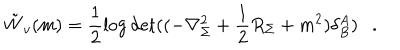
LaTeX: \tilde { W } _ { v } ( m ) = \frac 1 2 \log \det ( ( - \nabla _ { \Sigma } ^ { 2 } + \frac 1 2 R _ { \Sigma } + m ^ { 2 } ) \delta _ { B } ^ { A } ) .